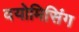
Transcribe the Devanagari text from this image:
वयोमिसिंग